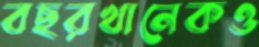
বছরখানেকও